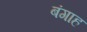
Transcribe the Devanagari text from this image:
बंगाह